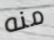
منه